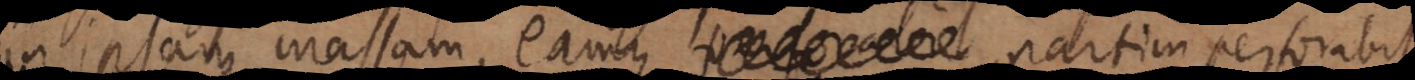
in ipsam massam, eamque partim perfo